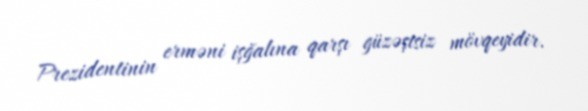
Prezidentinin erməni işğalına qarşı güzəştsiz mövqeyidir.